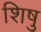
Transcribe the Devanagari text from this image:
शिषु